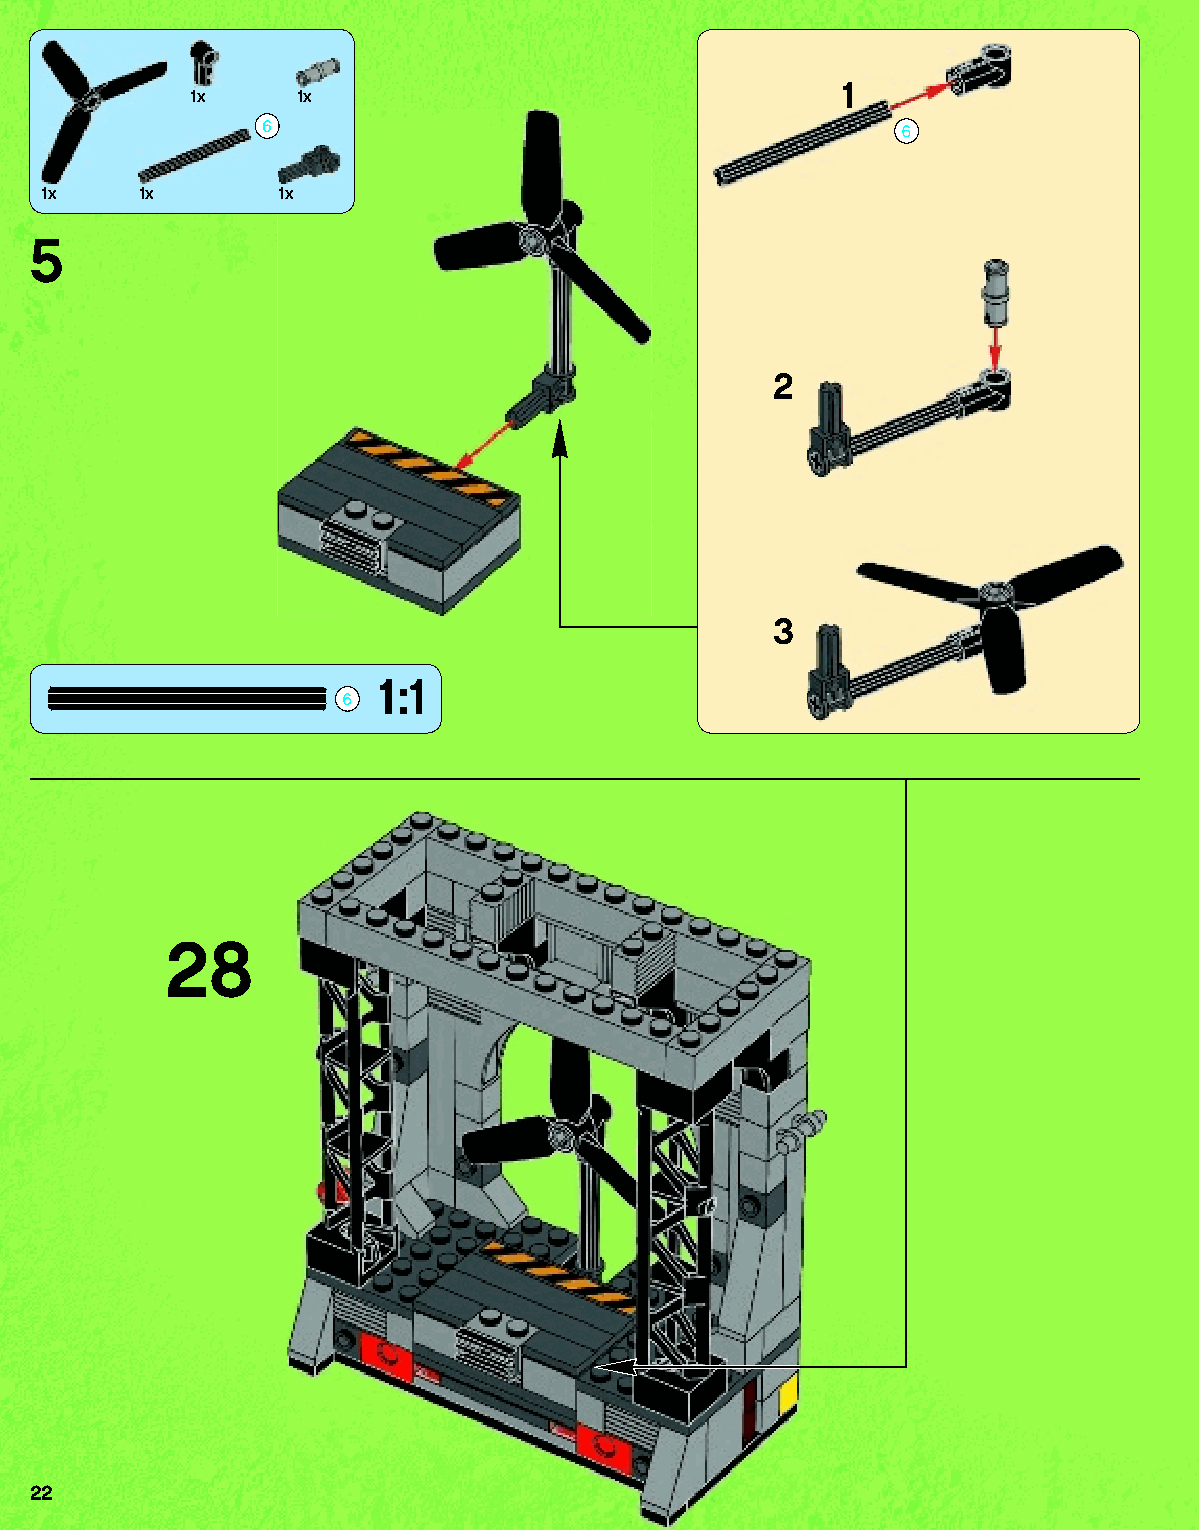
1
 1x     1x
 1x  1x        1x
 5
 2
 3
 1:1
 28
 22
 79117_Book1.indd 22                                               01/11/2013 4:32 PM